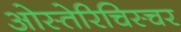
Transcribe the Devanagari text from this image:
ओस्तेरिचिस्चर